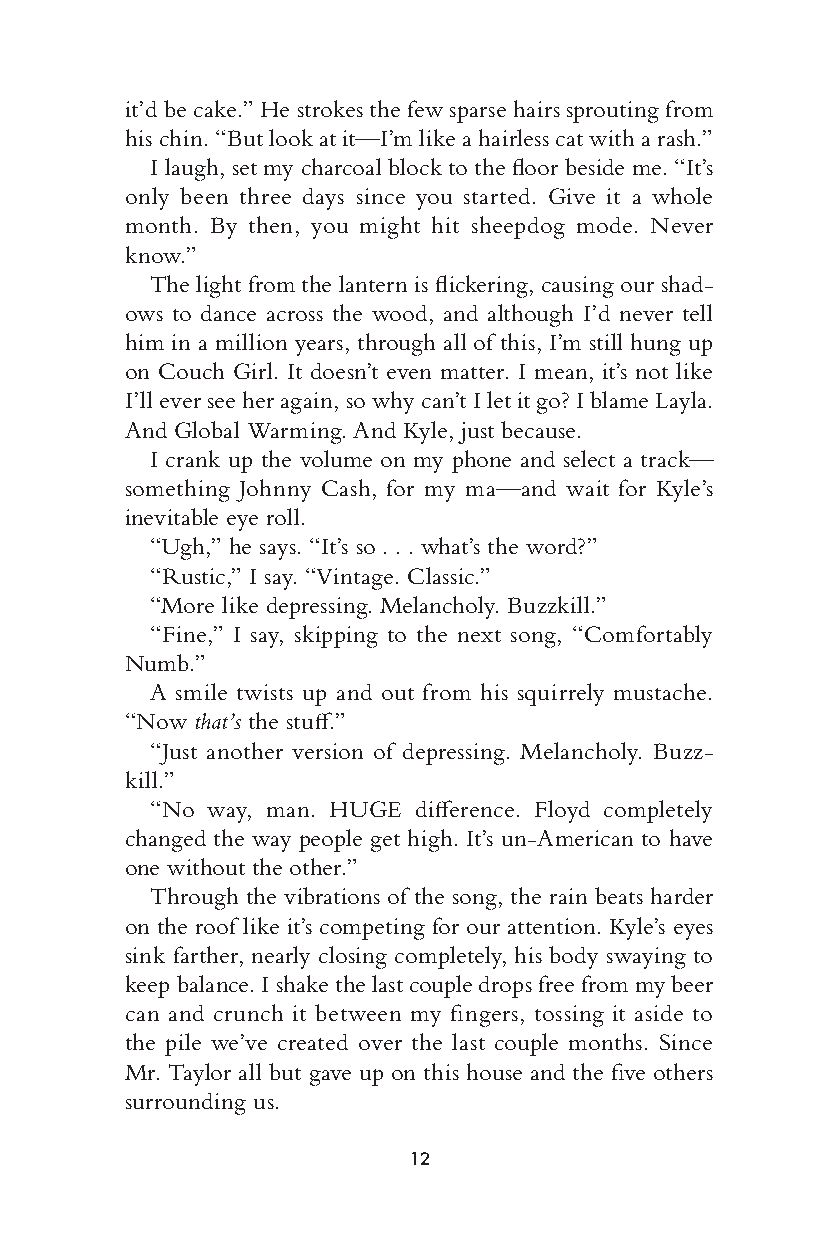
it’d be cake.” He strokes the few sparse hairs sprouting from
 his chin. “But look at it— I’m like a hairless cat with a rash.”
 I laugh, set my charcoal block to the fl oor beside me. “It’s
 only been three days since you started. Give it a whole
 month. By then, you might hit sheepdog mode. Never
 know.”
 The light from the lantern is fl ickering, causing our shad-
 ows to dance across the wood, and although I’d never tell
 him in a million years, through all of this, I’m still hung up
 on Couch Girl. It d oesn’t even m atter. I mean, it’s not like
 I’ll ever see her again, so why can’t I let it go? I blame Layla.
 And Global Warming. And Kyle, just b ecause.
 I crank up the volume on my phone and select a track—
 something Johnny Cash, for my ma—a nd wait for Kyle’s
 inevitable eye roll.
 “Ugh,” he says. “It’s so . . . what’s the word?”
 “Rustic,” I say. “Vintage. Classic.”
 “More like depressing. Melancholy. Buzzkill.”
 “Fine,” I say, skipping to the next song, “Comfortably
 Numb.”
 A smile twists up and out from his squirrely mustache.
 “Now that’s the stuff .”
 “Just another version of depressing. Melancholy. Buzz-
 kill.”
 “No way, man. HUGE diff erence. Floyd completely
 changed the way p eople get high. It’s un- American to have
 one without the other.”
 Through the vibrations of the song, the rain beats harder
 on the roof like it’s competing for our attention. Kyle’s eyes
 sink farther, nearly closing completely, his body swaying to
 keep balance. I shake the last couple drops f ree from my beer
 can and crunch it between my fi n gers, tossing it aside to
 the pile w e’ve created over the last couple months. Since
 -1—          Mr. Taylor all but gave up on this h ouse and the fi ve others
 0—          surrounding us.
 +1—
 12
 005533--6666667755__cchh0011__11PP..iinndddd 1122 1111//2244//1166 66::5566 PPMM